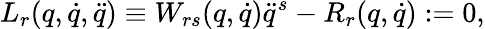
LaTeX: L_{r}(q,\dot{q},\ddot{q})\equiv W_{rs}(q,\dot{q})\ddot{q}^{s}-R_{r}(q,\dot{q}):=0,